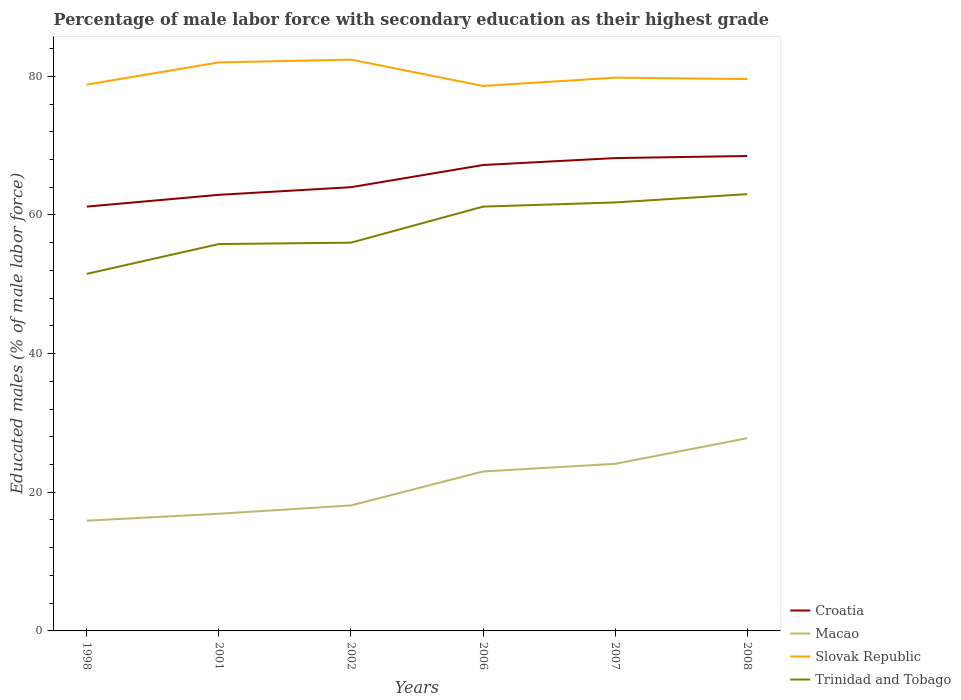
| Years | Croatia | Macao | Slovak Republic | Trinidad and Tobago |
 | --- | --- | --- | --- | --- |
 | 1998 | 61.2 | 15.9 | 78.8 | 51.5 |
 | 2001 | 62.9 | 16.9 | 82 | 55.8 |
 | 2002 | 64 | 18.1 | 82.4 | 56 |
 | 2006 | 67.2 | 23 | 78.6 | 61.2 |
 | 2007 | 68.2 | 24.1 | 79.8 | 61.8 |
 | 2008 | 68.5 | 27.8 | 79.6 | 63 |